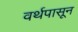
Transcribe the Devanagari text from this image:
वर्थपासून